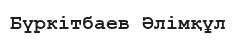
Бүркітбаев Әлімқұл